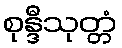
စုန္ဒီသုတ္တံ